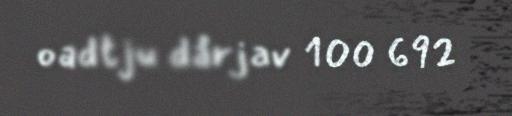
oadtju dårjav 100 692